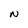
Character: N